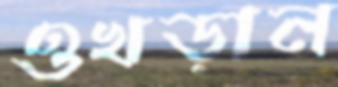
ওখড়ান